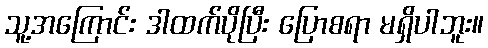
သူ့အကြောင်း ဒါထက်ပိုပြီး ပြောစရာ မရှိပါဘူး။